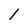
Character: 1